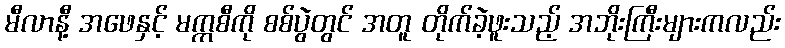
မီလာနီ့ အဖေနှင့် မက္ကစီကို စစ်ပွဲတွင် အတူ တိုက်ခဲ့ဖူးသည့် အဘိုးကြီးများကလည်း